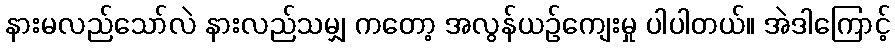
နားမလည်သော်လဲ နားလည်သမျှ ကတော့ အလွန်ယဉ်ကျေးမှု ပါပါတယ်။ အဲဒါကြောင့်